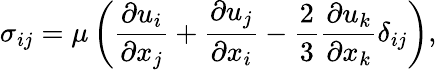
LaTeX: {\sigma_{ij}}=\mu\left({\frac{{\partial{u_{i}}}}{{\partial{x_{j}}}}+\frac{{\partial{u_{j}}}}{{\partial{x_{i}}}}-\frac{2}{3}\frac{{\partial{u_{k}}}}{{\partial{x_{k}}}}{\delta_{ij}}}\right),